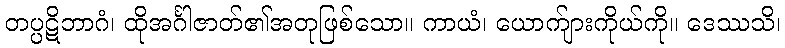
တပ္ပဋိဘာဂံ၊ ထိုအင်္ဂါဇာတ်၏အတုဖြစ်သော။ ကာယံ၊ ယောက်ျားကိုယ်ကို။ ဒေဿသိ၊